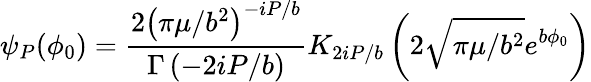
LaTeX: \psi_{P}(\phi_{0})=\frac{2\left(\pi\mu/b^{2}\right)^{-iP/b}}{\Gamma\left(-2iP/b\right)}K_{2iP/b}\left(2\sqrt{\pi\mu/b^{2}}e^{b\phi_{0}}\right)